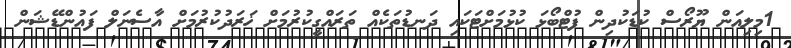
1މިލިއަން ޔޫރޯސް ކުޑަކުދިން ފުޓްބޯޅަ ކުޅުމަށްޓަކައި ދަނޑުތަކެއް ތަރައްގީކުރުމަށް ޚަރަދުކުރުމަށް އާސެނަލް ފައުންޑޭޝަން